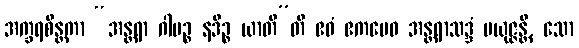
အက္ခရစိန္တကာ “အန္တရာ ဂါမဉ္စ နဒိဉ္စ ယာတီ”တိ ဧဝံ ဧကမေဝ အန္တရာသဒ္ဒံ ပယုဇ္ဇန္တိ, သော